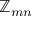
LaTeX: \mathbb { Z } _ { m n }